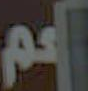
اعم